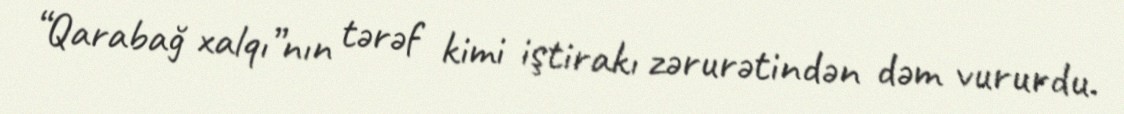
“Qarabağ xalqı”nın tərəf kimi iştirakı zərurətindən dəm vururdu.